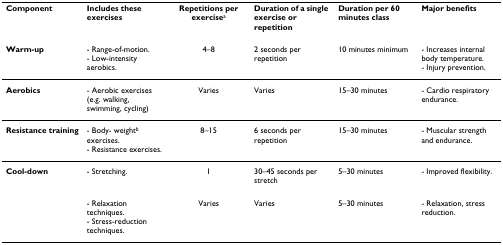
<table><thead><tr><td><b>Component</b></td><td><b>Includes these exercises</b></td><td><b>Repetitions per exercise<sup>a</sup></b></td><td><b>Duration of a single exercise or repetition</b></td><td><b>Duration per 60 minutes class</b></td><td><b>Major benefits</b></td></tr></thead><tbody><tr><td><b>Warm-up</b></td><td>- Range-of-motion.- Low-intensity aerobics.</td><td>4–8</td><td>2 seconds per repetition</td><td>10 minutes minimum</td><td>- Increases internal body temperature.- Injury prevention.</td></tr><tr><td><b>Aerobics</b></td><td>- Aerobic exercises (e.g. walking, swimming, cycling)</td><td>Varies</td><td>Varies</td><td>15–30 minutes</td><td>- Cardio respiratory endurance.</td></tr><tr><td><b>Resistance training</b></td><td>- Body- weight<sup>b </sup>exercises.- Resistance exercises.</td><td>8–15</td><td>6 seconds per repetition</td><td>15–30 minutes</td><td>- Muscular strength and endurance.</td></tr><tr><td><b>Cool-down</b></td><td>- Stretching.</td><td>1</td><td>30–45 seconds per stretch</td><td>5–30 minutes</td><td>- Improved flexibility.</td></tr><tr><td></td><td>- Relaxation techniques.- Stress-reduction techniques.</td><td>Varies</td><td>Varies</td><td>5–30 minutes</td><td>- Relaxation, stress reduction.</td></tr></tbody></table>